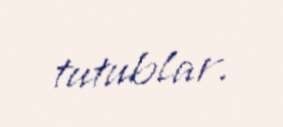
tutublar.